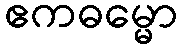
ဧကဓမ္မော